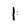
Character: 1